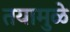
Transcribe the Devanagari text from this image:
तयामुळे